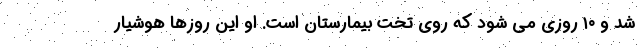
شد و ۱۰ روزی می شود که روی تخت بیمارستان است. او این روزها هوشیار